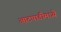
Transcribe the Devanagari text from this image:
आटपाडीमध्ये